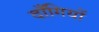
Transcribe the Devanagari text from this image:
दाँगियों